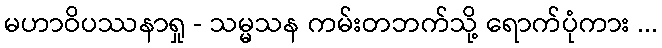
မဟာဝိပဿနာရှု - သမ္မသန ကမ်းတဘက်သို့ ရောက်ပုံကား ...